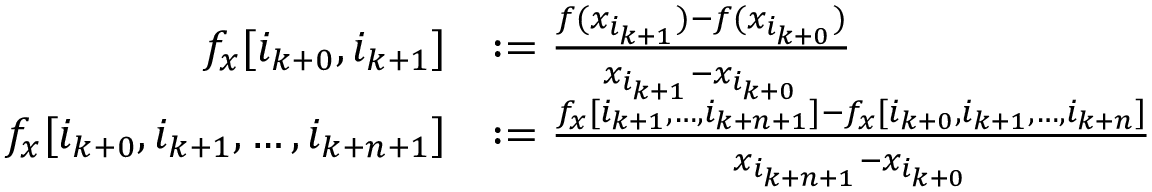
\begin{array} { r l } { f _ { x } [ i _ { k + 0 } , i _ { k + 1 } ] } & { : = \frac { f ( x _ { i _ { k + 1 } } ) - f ( x _ { i _ { k + 0 } } ) } { x _ { i _ { k + 1 } } - x _ { i _ { k + 0 } } } } \\ { f _ { x } [ i _ { k + 0 } , i _ { k + 1 } , \dots , i _ { k + n + 1 } ] } & { : = \frac { f _ { x } [ i _ { k + 1 } , \dots , i _ { k + n + 1 } ] - f _ { x } [ i _ { k + 0 } , i _ { k + 1 } , \dots , i _ { k + n } ] } { x _ { i _ { k + n + 1 } } - x _ { i _ { k + 0 } } } } \end{array}